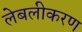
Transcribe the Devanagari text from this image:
लेबलीकरण